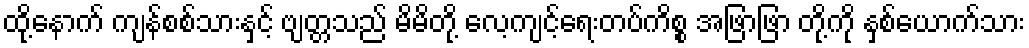
ထို့နောက် ကျန်စစ်သားနှင့် ဗျတ္တသည် မိမိတို့ လေ့ကျင့်ရေးတပ်ကိစ္စ အဖြာဖြာ တို့ကို နှစ်ယောက်သား